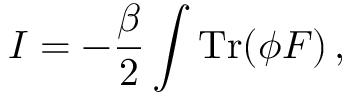
I = - \frac { \beta } { 2 } \int { \mathrm { T r } } ( \phi F ) \, ,